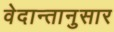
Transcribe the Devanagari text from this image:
वेदान्तानुसार